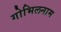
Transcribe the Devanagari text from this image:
गोभिलनाम